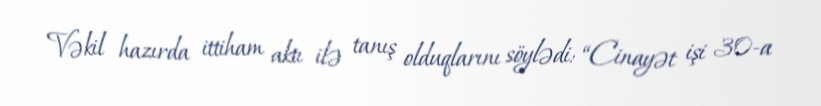
Vəkil hazırda ittiham aktı ilə tanış olduqlarını söylədi: “Cinayət işi 30-a